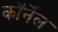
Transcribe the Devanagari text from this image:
कॉर्नेंल